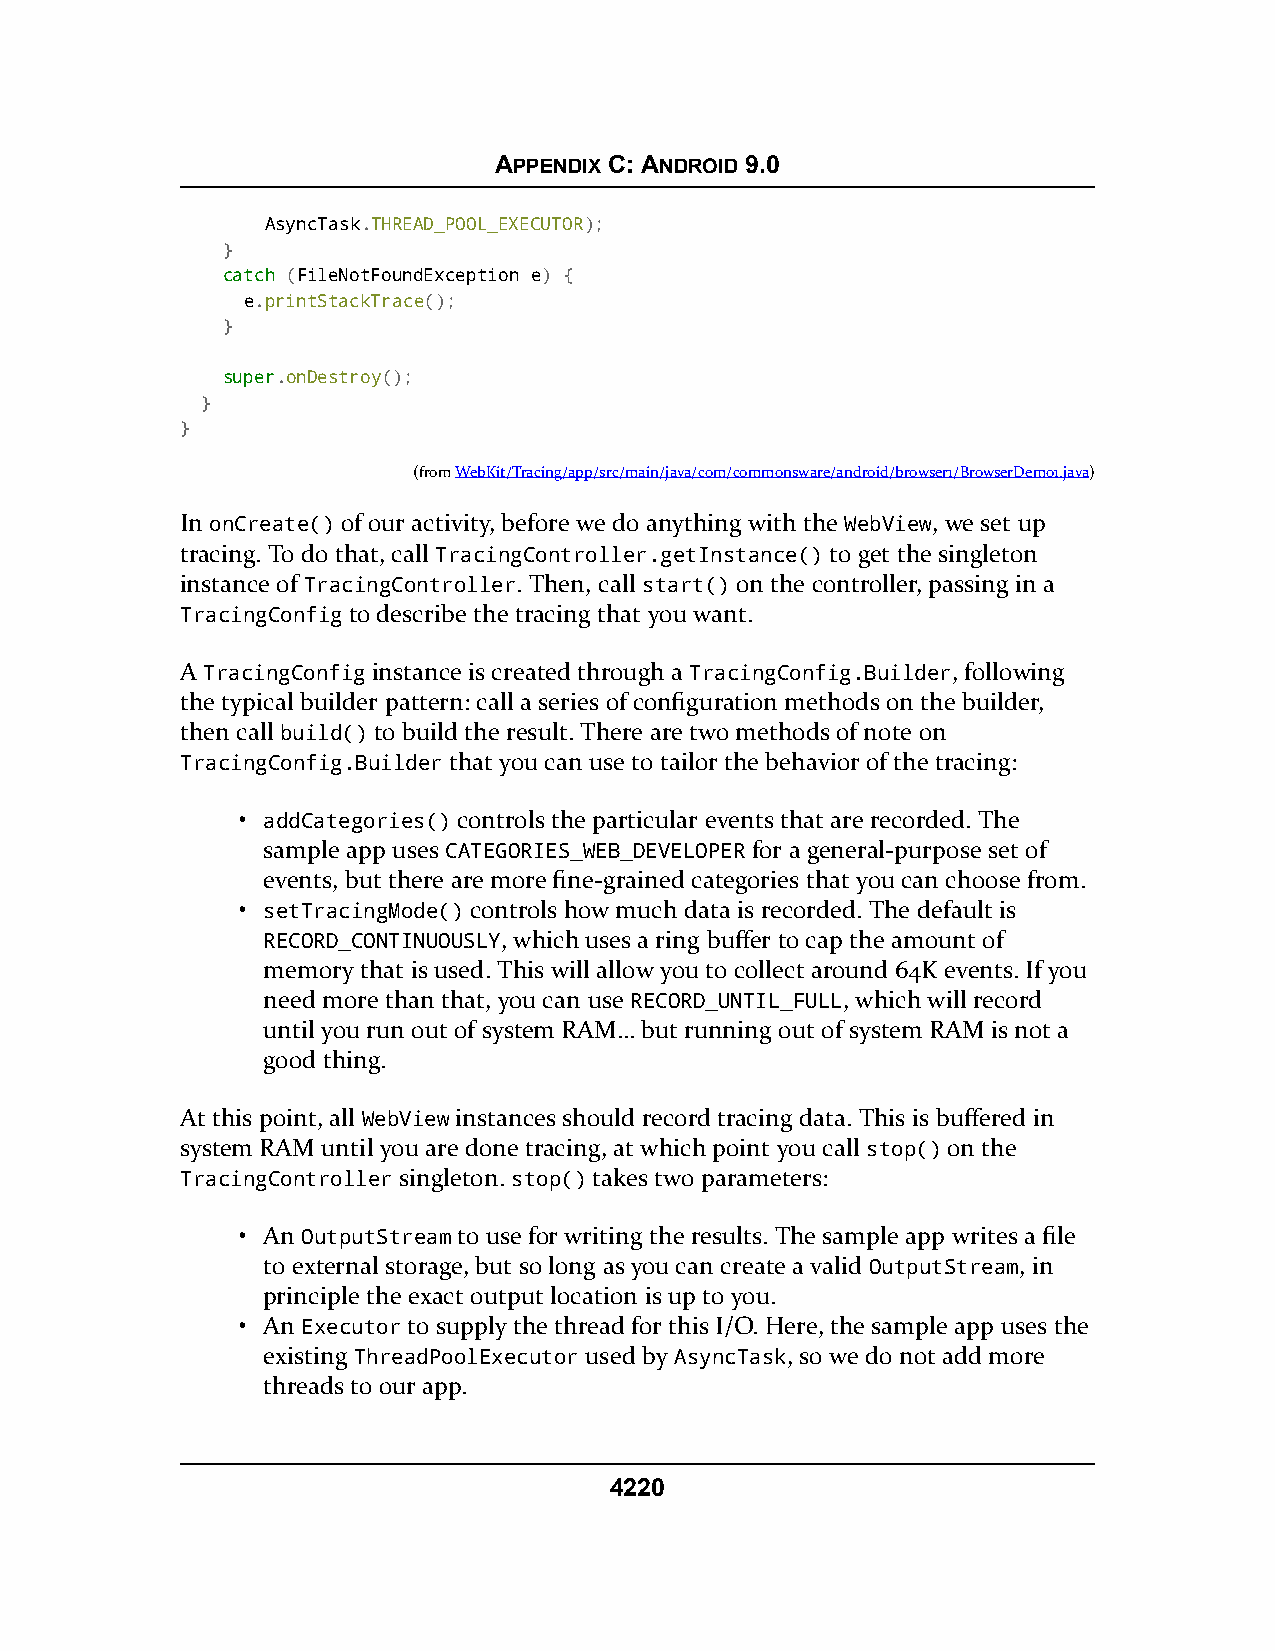
APPENDIX C: ANDROID 9.0
 AsyncTask.THREAD_POOL_EXECUTOR);
 }
 ccaattcchh (FileNotFoundException e) {
 e.printStackTrace();
 }
 ssuuppeerr.onDestroy();
 }
 }
 (fromWebKit/Tracing/app/src/main/java/com/commonsware/android/browser1/BrowserDemo1.java)
 In onCreate() of our activity, before we do anything with the WebView, we set up
 tracing. To do that, call TracingController.getInstance() to get the singleton
 instance of TracingController. Then, call start() on the controller, passing in a
 TracingConfig to describe the tracing that you want.
 A TracingConfig instance is created through a TracingConfig.Builder, following
 the typical builder pattern: call a series of configuration methods on the builder,
 then call build() to build the result. There are two methods of note on
 TracingConfig.Builder that you can use to tailor the behavior of the tracing:
 • addCategories() controls the particular events that are recorded. The
 sample app uses CATEGORIES_WEB_DEVELOPER for a general-purpose set of
 events, but there are more fine-grained categories that you can choose from.
 • setTracingMode() controls how much data is recorded. The default is
 RECORD_CONTINUOUSLY, which uses a ring buffer to cap the amount of
 memory that is used. This will allow you to collect around 64K events. If you
 need more than that, you can use RECORD_UNTIL_FULL, which will record
 until you run out of system RAM… but running out of system RAM is not a
 good thing.
 At this point, all WebView instances should record tracing data. This is buffered in
 system RAM until you are done tracing, at which point you call stop() on the
 TracingController singleton. stop() takes two parameters:
 • An OutputStream to use for writing the results. The sample app writes a file
 to external storage, but so long as you can create a valid OutputStream, in
 principle the exact output location is up to you.
 • An Executor to supply the thread for this I/O. Here, the sample app uses the
 existing ThreadPoolExecutor used by AsyncTask, so we do not add more
 threads to our app.
 4220